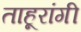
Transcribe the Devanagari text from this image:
ताहूरांगी